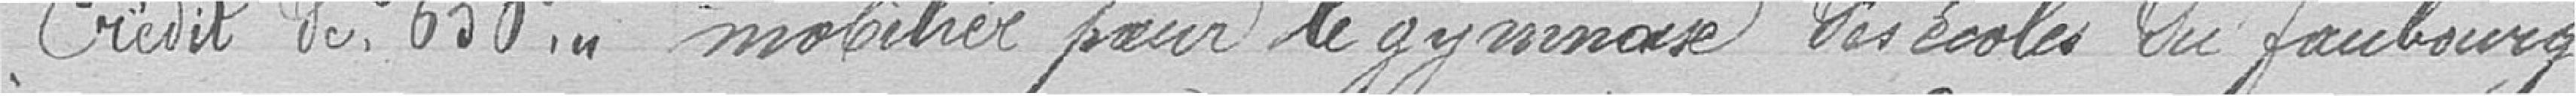
Crédit de 650 francs. mobilier pour le gymnase des écoles du faubourg.